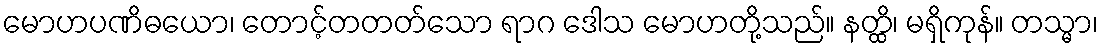
မောဟပဏိဓယော၊ တောင့်တတတ်သော ရာဂ ဒေါသ မောဟတို့သည်။ နတ္ထိ၊ မရှိကုန်။ တသ္မာ၊